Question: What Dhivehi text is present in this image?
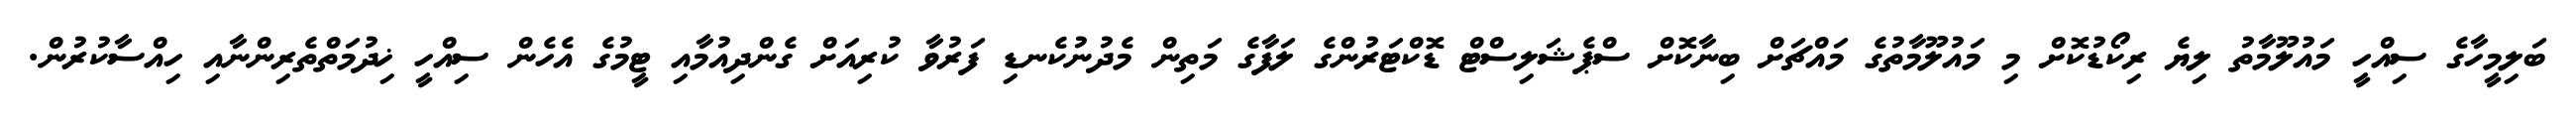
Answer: ބަލިމީހާގެ ސިއްހީ މައުލޫމާތު ލިޔެ ރިކޯޑުކޮށް މި މައުލޫމާތުގެ މައްޗަށް ބިނާކޮށް ސްޕެޝަލިސްޓް ޑޮކްޓަރުންގެ ލަފާގެ މަތިން މެދުނުކެނޑި ފަރުވާ ކުރިއަށް ގެންދިއުމާއި ޓީމުގެ އެހެން ސިއްހީ ޚިދުމަތްތެރިންނާއި ހިއްސާކުރުން.